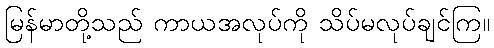
မြန်မာတို့သည် ကာယအလုပ်ကို သိပ်မလုပ်ချင်ကြ။